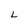
Character: L